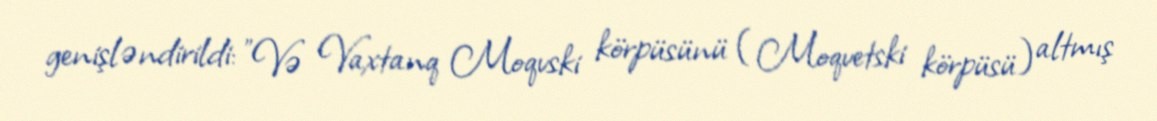
genişləndirildi: "Və Vaxtanq Moqvski körpüsünü (Moqvetski körpüsü) altmış